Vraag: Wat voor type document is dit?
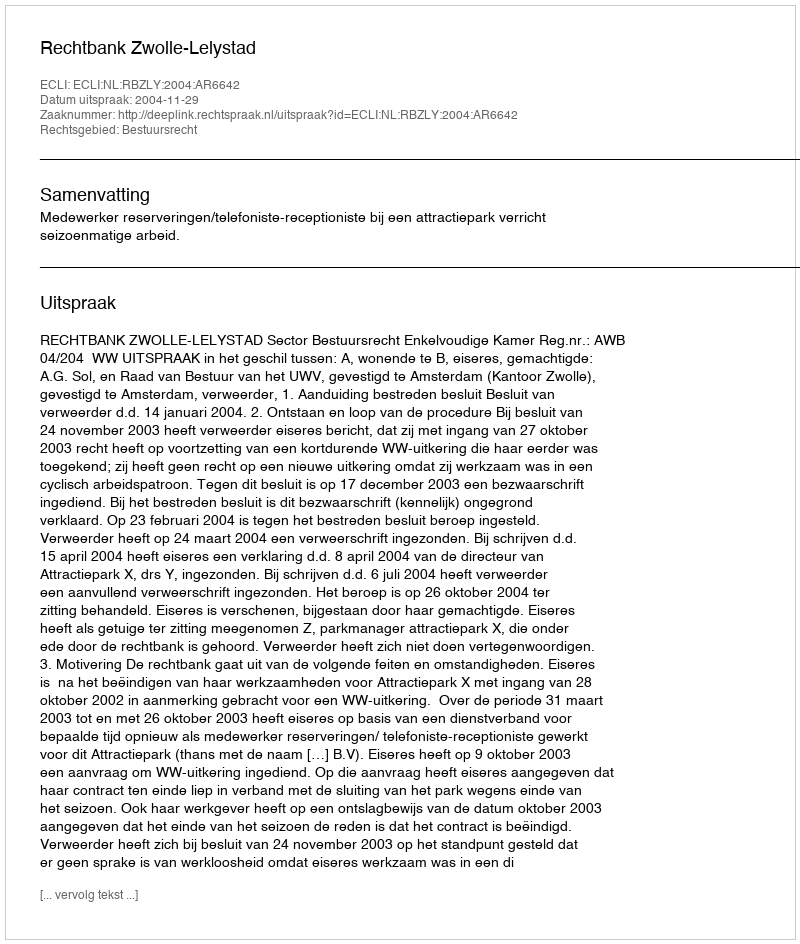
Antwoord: Uitspraak